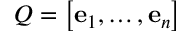
Q = \left[ \mathbf { e } _ { 1 } , \ldots , \mathbf { e } _ { n } \right]